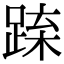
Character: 𨁻